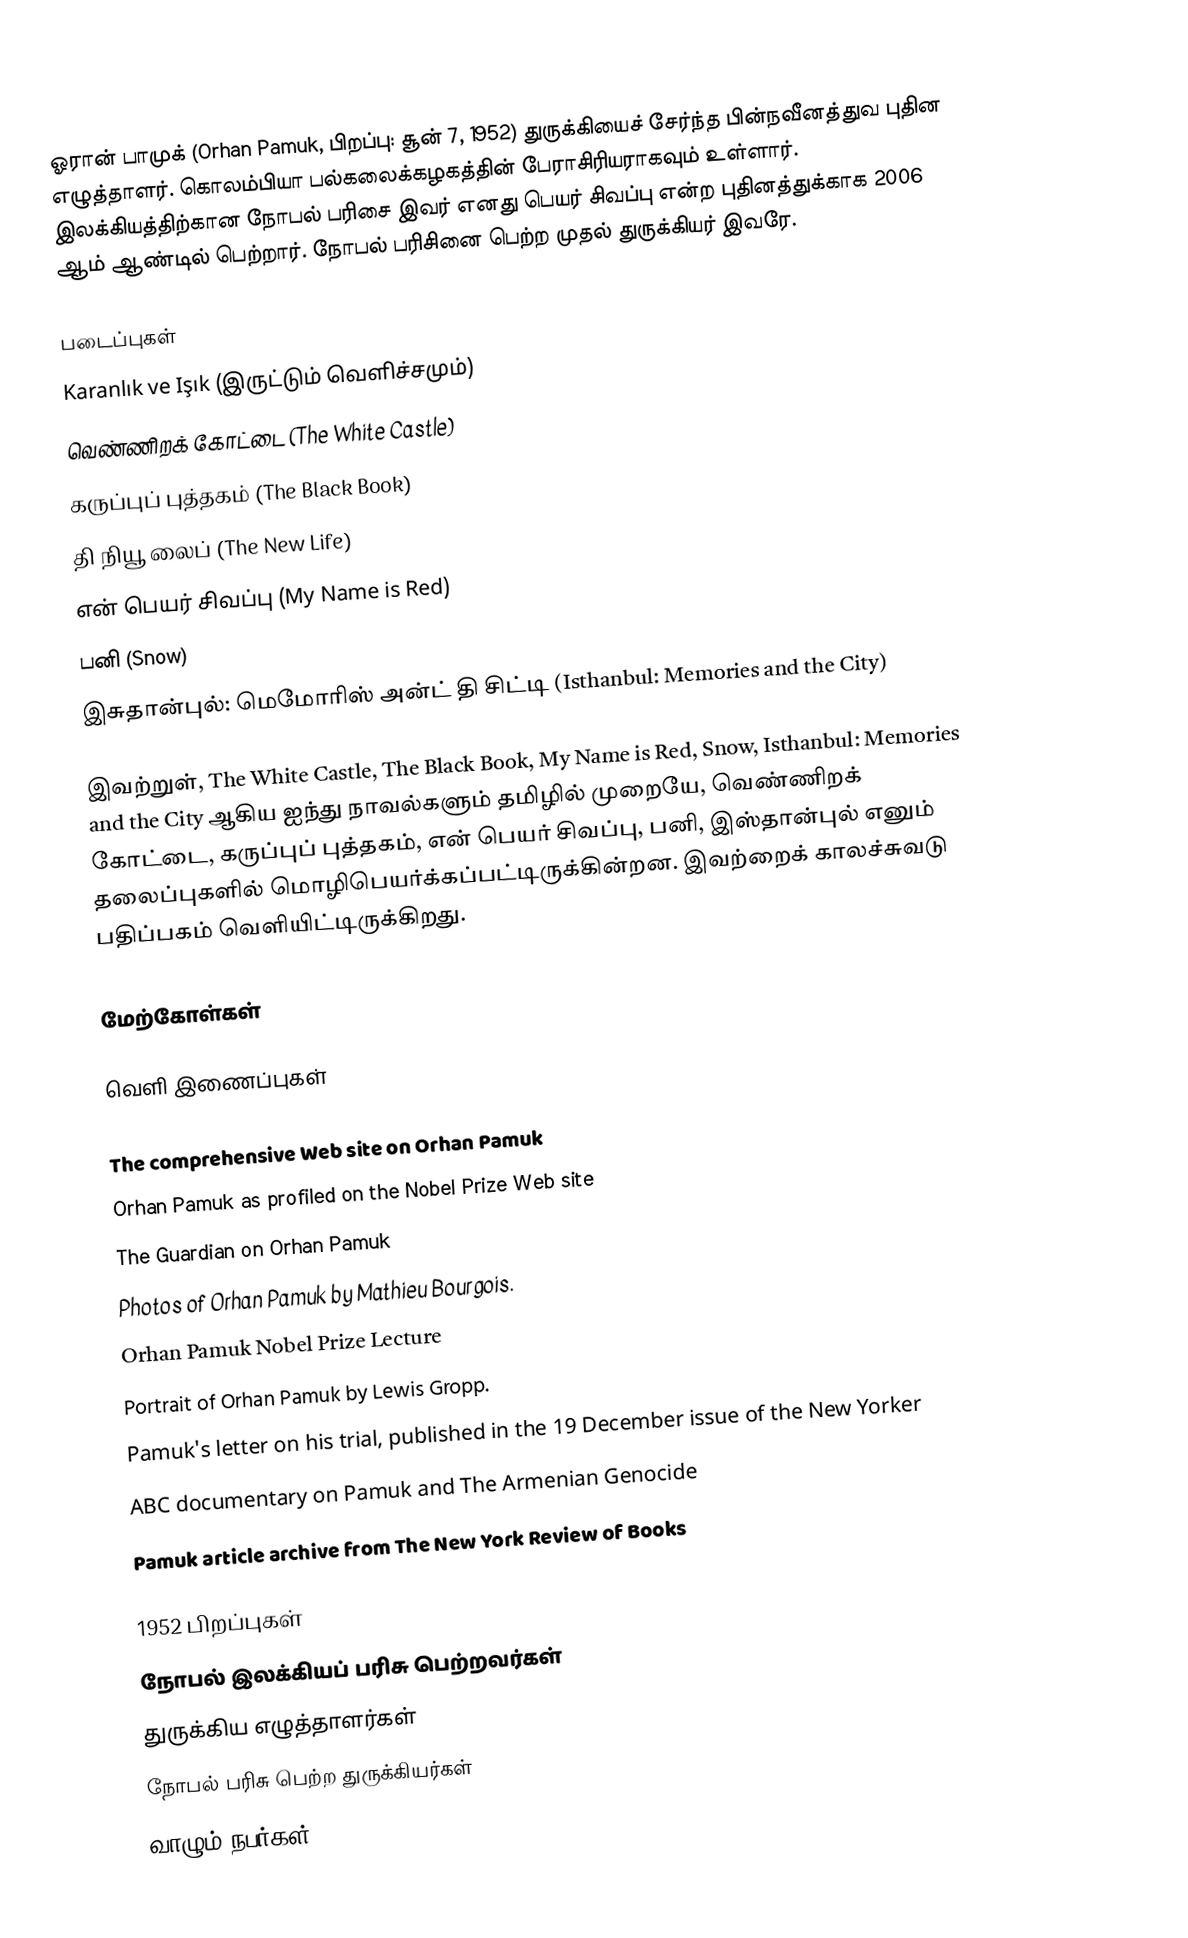
ஓரான் பாமுக் (Orhan Pamuk, பிறப்பு: சூன் 7, 1952) துருக்கியைச் சேர்ந்த பின்நவீனத்துவ புதின எழுத்தாளர். கொலம்பியா பல்கலைக்கழகத்தின் பேராசிரியராகவும் உள்ளார். இலக்கியத்திற்கான நோபல் பரிசை இவர் எனது பெயர் சிவப்பு என்ற புதினத்துக்காக 2006 ஆம் ஆண்டில் பெற்றார். நோபல் பரிசினை பெற்ற முதல் துருக்கியர் இவரே.

படைப்புகள்
Karanlık ve Işık (இருட்டும் வெளிச்சமும்)
வெண்ணிறக் கோட்டை (The White Castle)
கருப்புப் புத்தகம் (The Black Book)
தி நியூ லைப் (The New Life)
என் பெயர் சிவப்பு (My Name is Red)
பனி (Snow)
இசுதான்புல்: மெமோரிஸ் அன்ட் தி சிட்டி (Isthanbul: Memories and the City)

இவற்றுள், The White Castle, The Black Book, My Name is Red, Snow, Isthanbul: Memories and the City ஆகிய ஐந்து நாவல்களும் தமிழில் முறையே,  வெண்ணிறக் கோட்டை, கருப்புப் புத்தகம், என் பெயர் சிவப்பு, பனி, இஸ்தான்புல் எனும் தலைப்புகளில் மொழிபெயர்க்கப்பட்டிருக்கின்றன. இவற்றைக் காலச்சுவடு பதிப்பகம் வெளியிட்டிருக்கிறது.

மேற்கோள்கள்

வெளி இணைப்புகள்

 The comprehensive Web site on Orhan Pamuk
 Orhan Pamuk as profiled on the Nobel Prize Web site
 The Guardian on Orhan Pamuk
 Photos of Orhan Pamuk  by Mathieu Bourgois.
 Orhan Pamuk Nobel Prize Lecture
 Portrait of Orhan Pamuk  by Lewis Gropp.
 Pamuk's letter on his trial, published in the 19 December issue of the New Yorker
 ABC documentary on Pamuk and The Armenian Genocide
Pamuk article archive from The New York Review of Books

1952 பிறப்புகள்
நோபல் இலக்கியப் பரிசு பெற்றவர்கள்
துருக்கிய எழுத்தாளர்கள்
நோபல் பரிசு பெற்ற துருக்கியர்கள்
வாழும் நபர்கள்